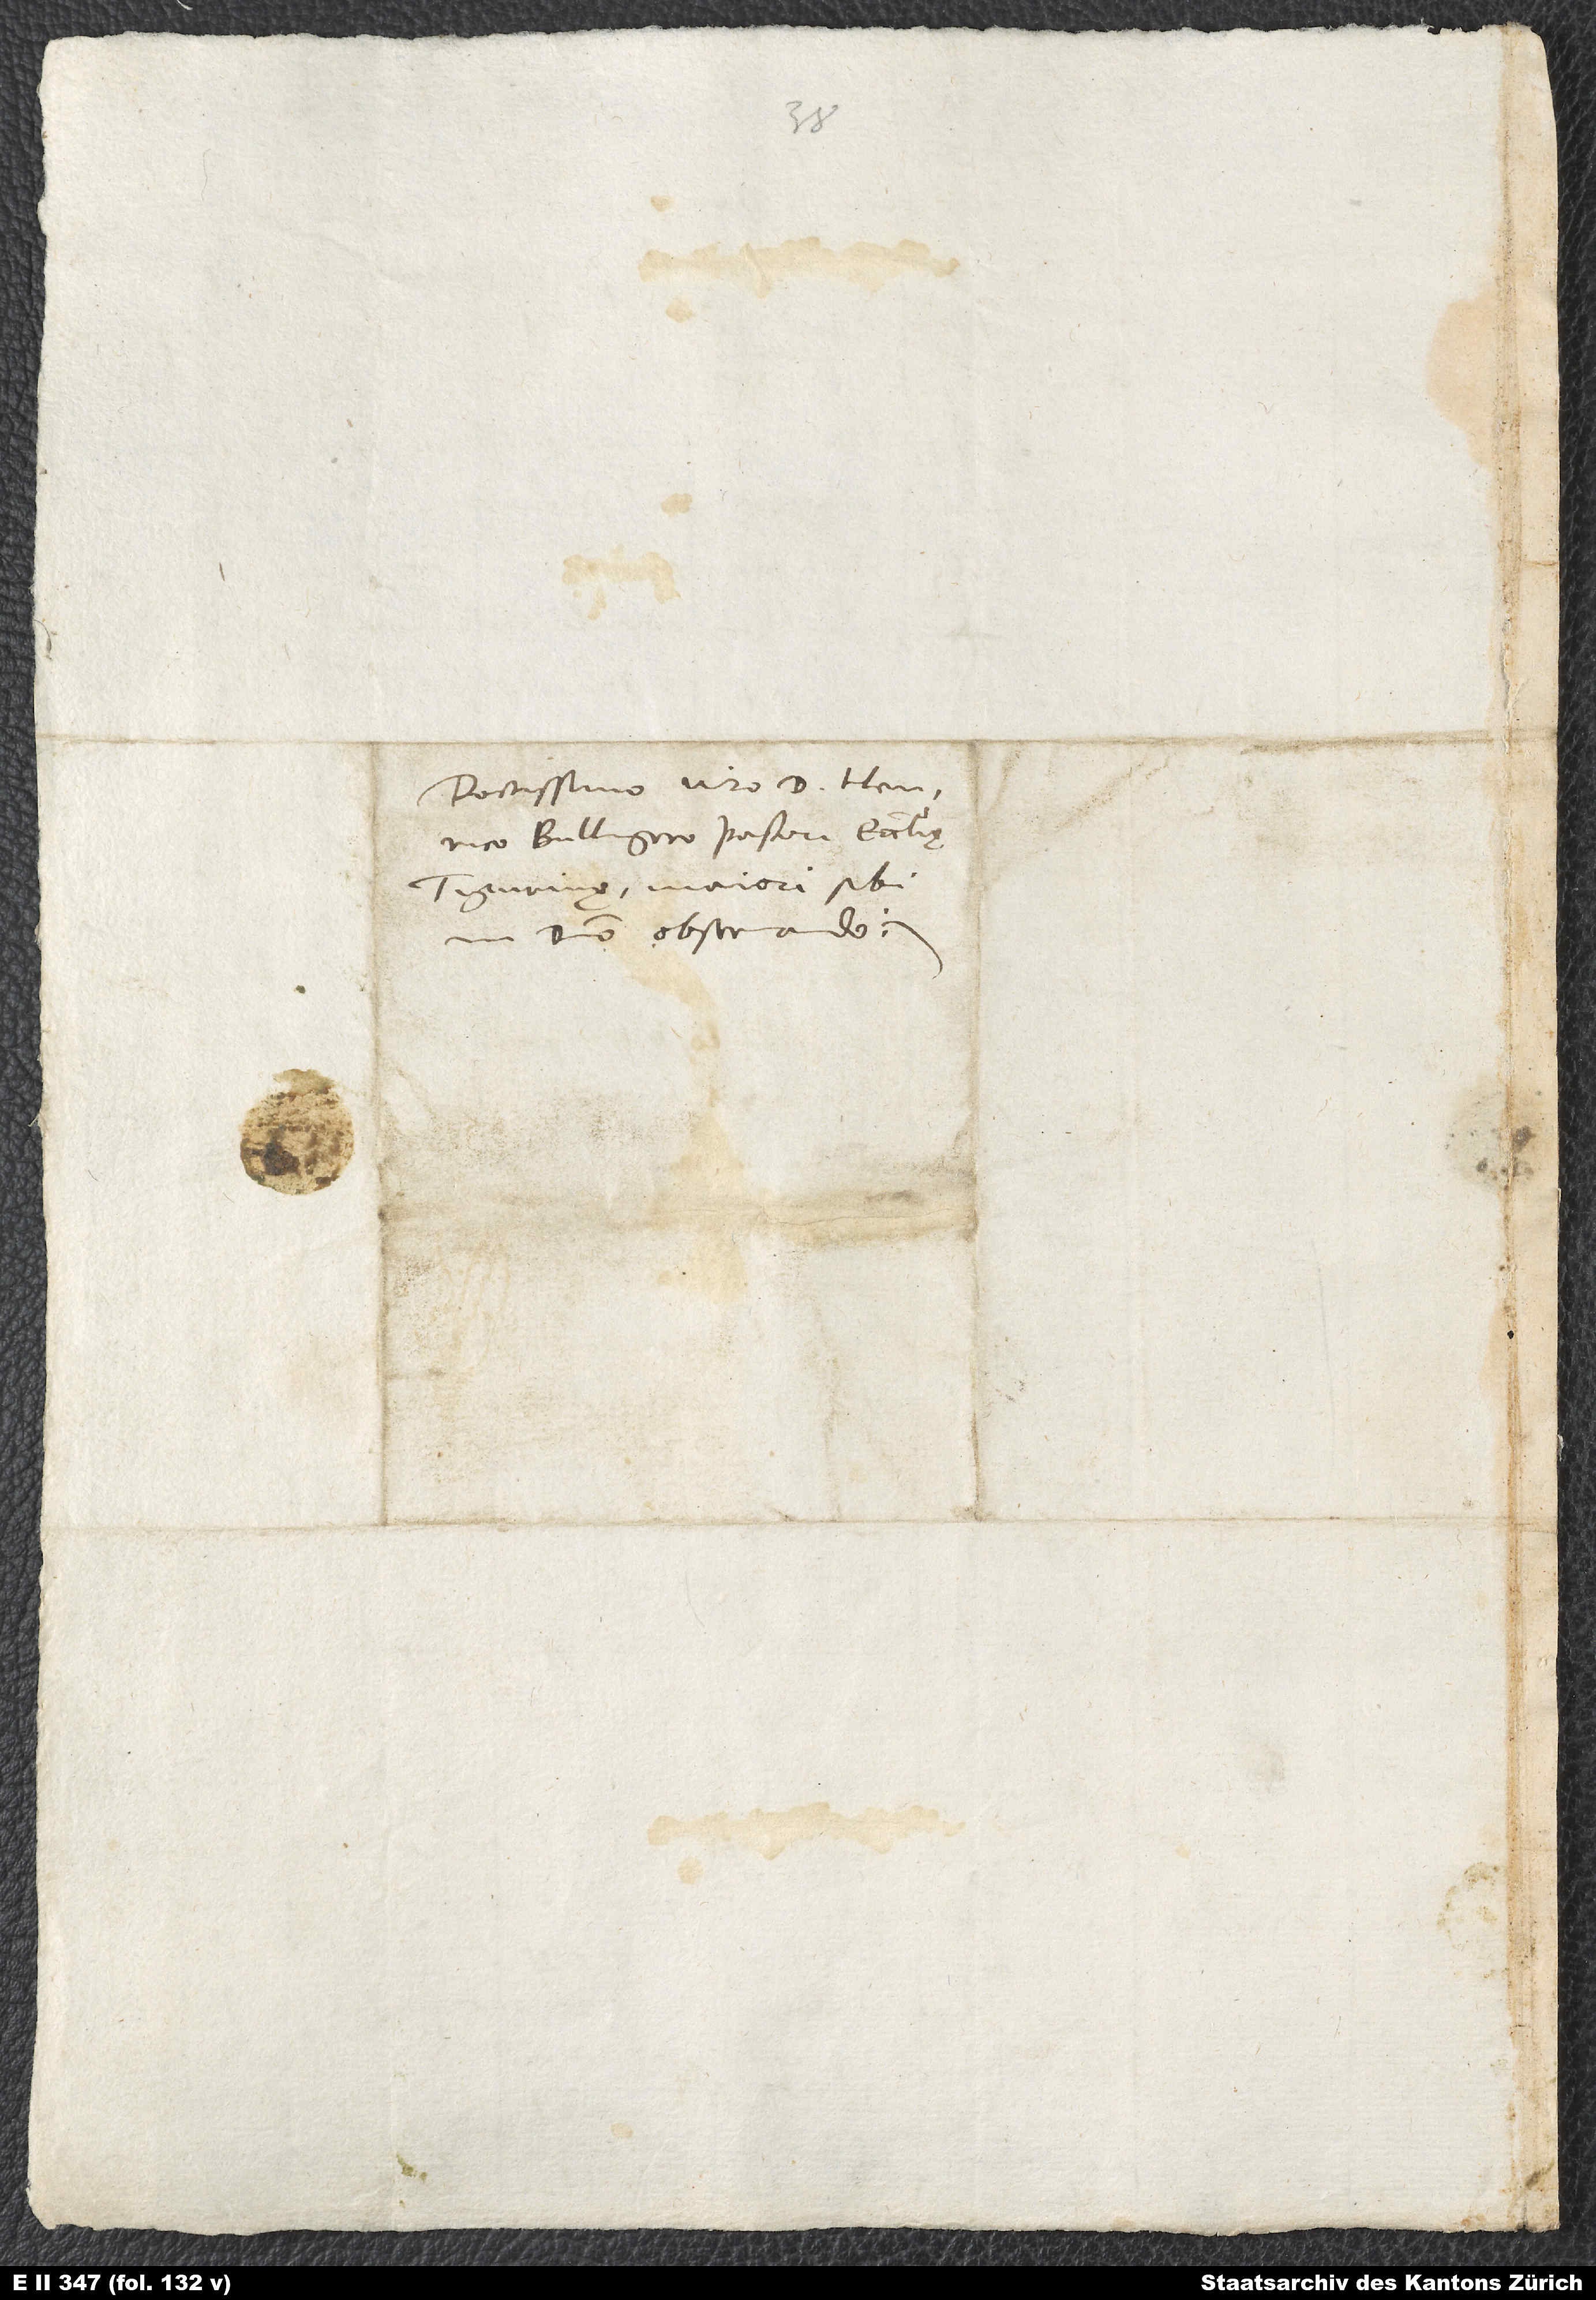
Doctissimo viro d. Henrico
Bullingero, pastori ecclesię
Tigurinę, maiori sibi
in domino observando.